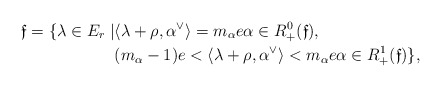
\begin{align*}\mathfrak{f}=\{\lambda \in E_r \mid &\langle \lambda + \rho, \alpha^\vee\rangle = m_\alpha e \alpha \in R^0_+(\mathfrak{f}), \\& (m_\alpha-1)e < \langle \lambda + \rho, \alpha^\vee\rangle < m_\alpha e \alpha \in R^1_+(\mathfrak{f}) \},\end{align*}